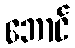
ဘောင်